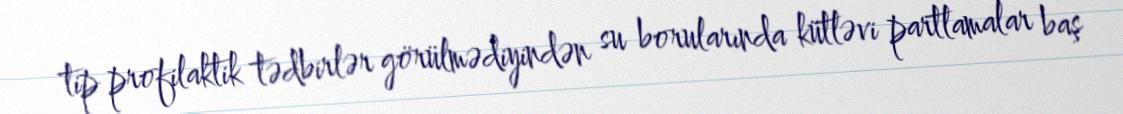
tip profilaktik tədbirlər görülmədiyindən su borularında kütləvi partlamalar baş